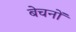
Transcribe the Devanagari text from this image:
बेचनों